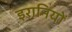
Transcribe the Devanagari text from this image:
इरानियों